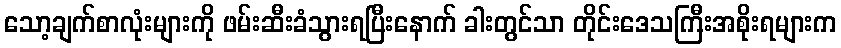
သော့ချက်စာလုံးများကို ဖမ်းဆီးခံသွားရပြီးနောက် ခါးတွင်သာ တိုင်းဒေသကြီးအစိုးရများက